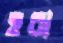
হরা